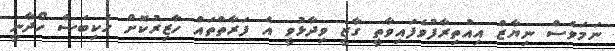
ނަމަވެސް ނިޔާޒް އިއުތިރާފުވެފައިވާތީ ގާޒީ ވިދާޅުވީ އެ ފަރާތްތައް ހާޒިރުކޮށް ހެކިބަސް ހޯދާނީ